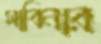
সাবিনার